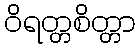
ဝိရတ္တစိတ္တာ